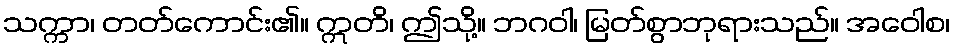
သက္ကာ၊ တတ်ကောင်း၏။ ဣတိ၊ ဤသို့။ ဘဂဝါ၊ မြတ်စွာဘုရားသည်။ အဝေါစ၊